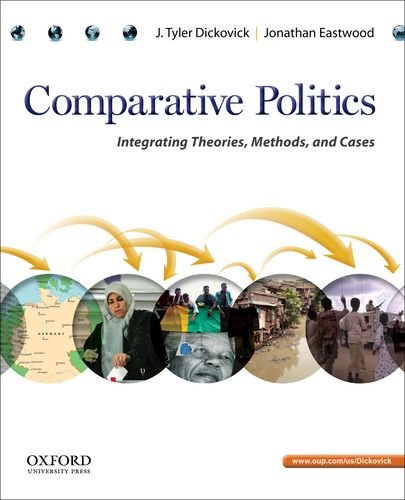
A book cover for Comparative Politics: Integrating Theories, Methods, and Cases; J. Tyler Dickovick; Law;